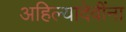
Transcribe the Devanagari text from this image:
अहिल्यादेवींना